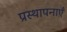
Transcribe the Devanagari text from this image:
प्रस्थापनाएँ